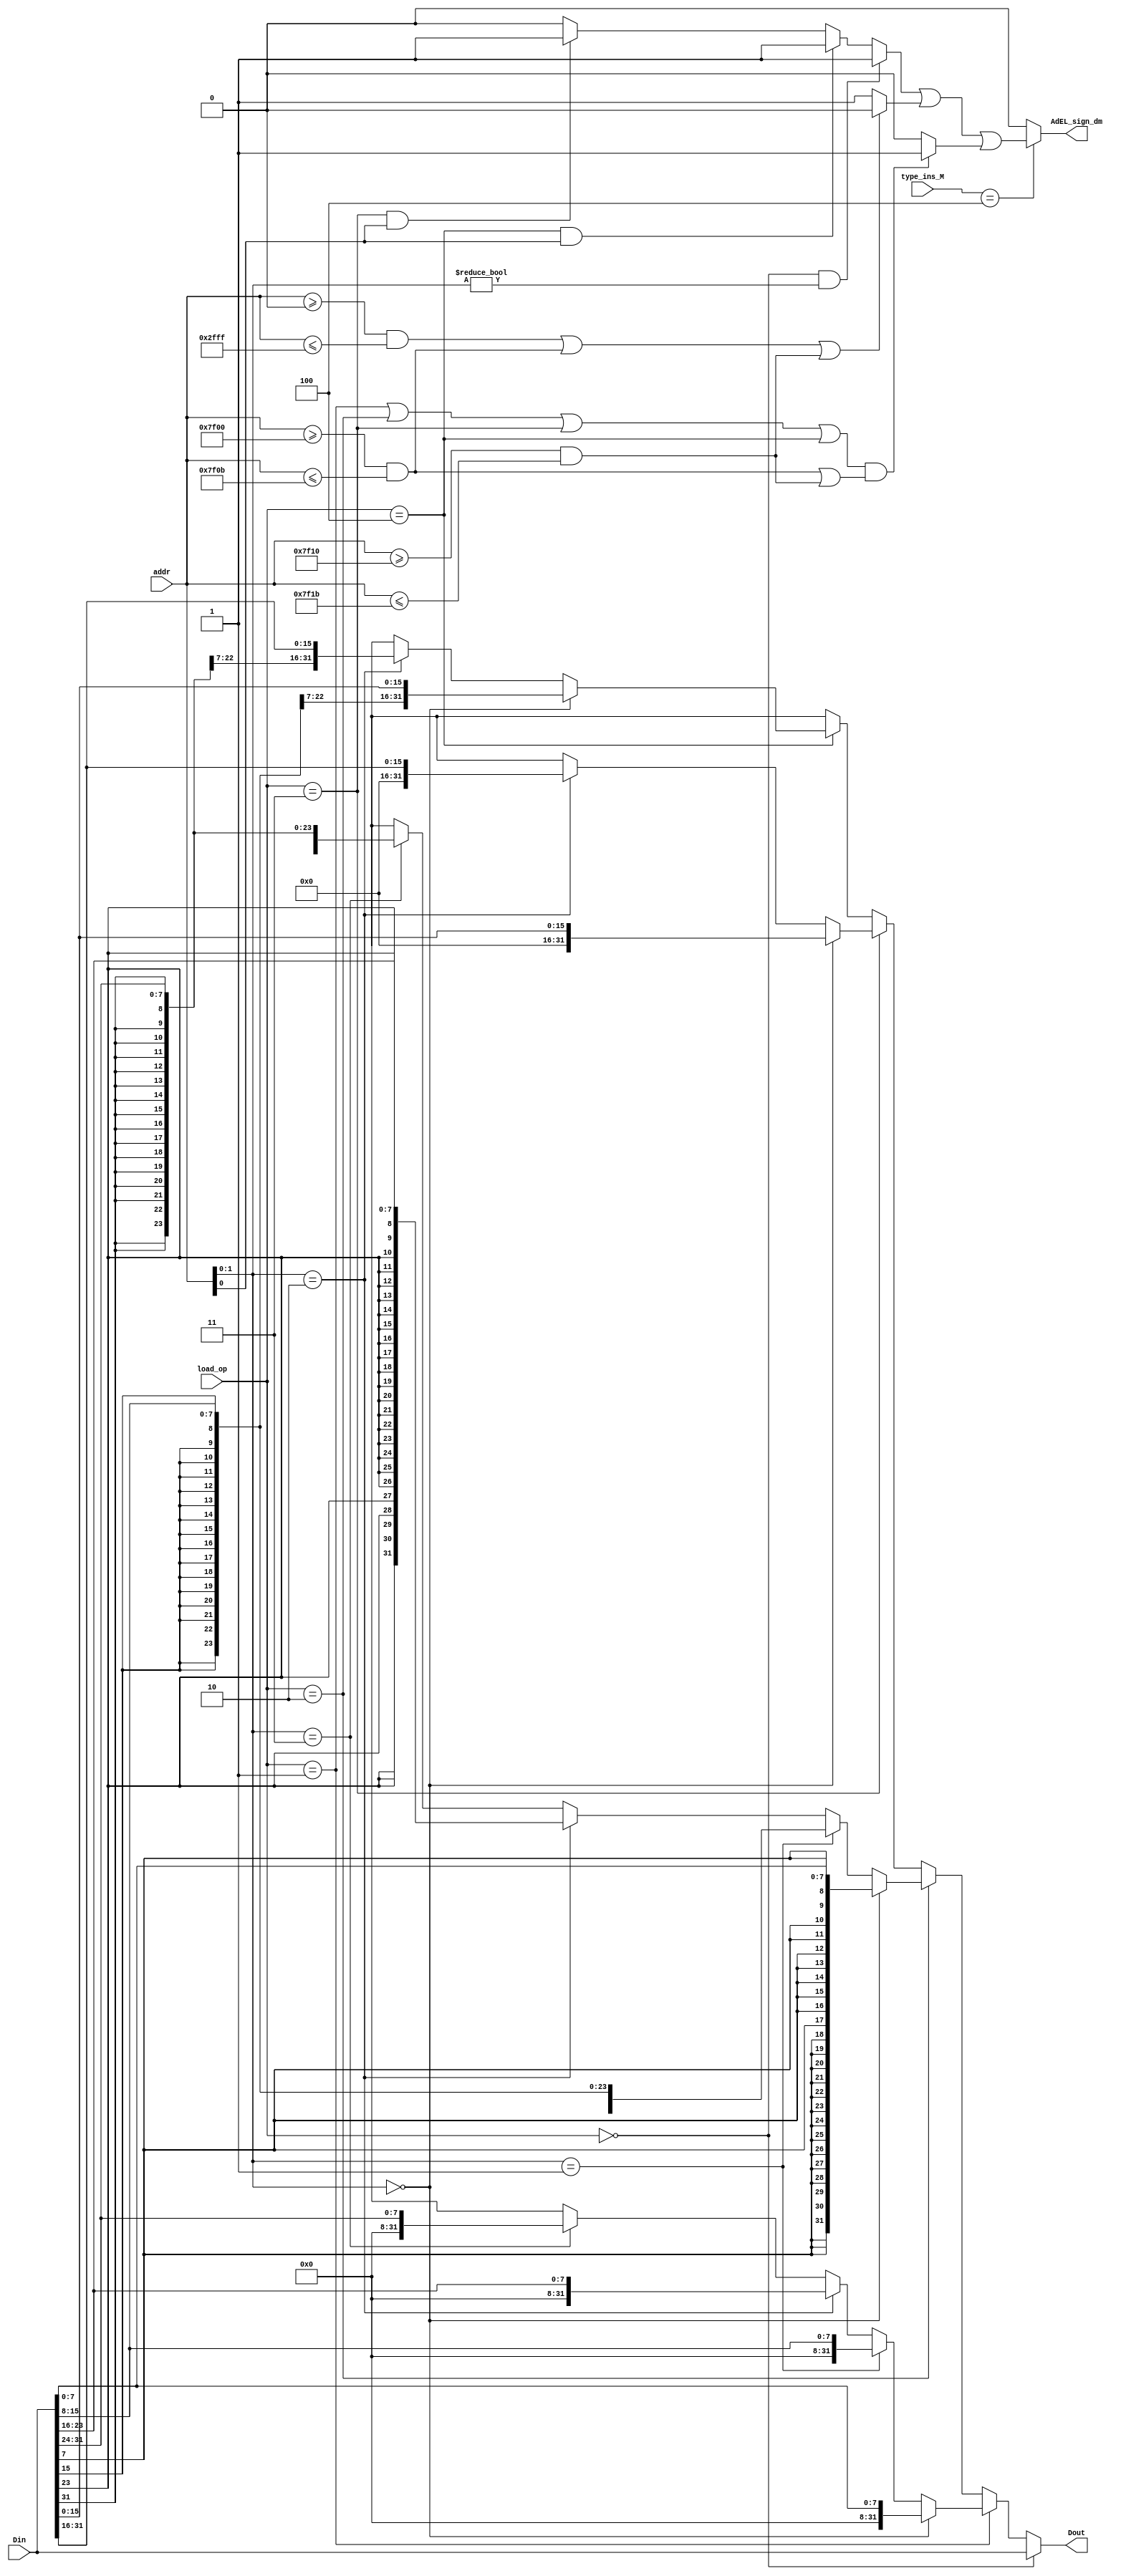
module DBS (
    input [31:0]addr,
    input [31:0]Din,
    input [2:0]load_op,
    output[31:0]Dout,
    input [2:0]type_ins_M,
    output AdEL_sign_dm
);
//
parameter dm_start=32'h0000_0000;
parameter dm_end=32'h0000_2fff;
parameter t0_start=32'h0000_7f00;
parameter t0_end=32'h0000_7f0b;
parameter t1_start=32'h0000_7f10;
parameter t1_end=32'h0000_7f1b;
parameter none=3'b000;
parameter zeroByte=3'b001;
parameter signByte=3'b010;
parameter zeroHalf=3'b011;
parameter signHalf=3'b100;
wire [1:0]order;
assign order=addr[1:0];
assign Dout=(load_op==none)?Din:
            (load_op==zeroByte)?(
                (order==2'b00)?{{24'b0},Din[7:0]}:
                (order==2'b01)?{{24'b0},Din[15:8]}:
                (order==2'b10)?{{24'b0},Din[23:16]}:
                (order==2'b11)?{{24'b0},Din[31:24]}:32'bx
            ):
            (load_op==signByte)?(
                (order==2'b00)?{{24{Din[7]}},Din[7:0]}:
                (order==2'b01)?{{24{Din[15]}},Din[15:8]}:
                (order==2'b10)?{{24{Din[23]}},Din[23:16]}:
                (order==2'b11)?{{24{Din[31]}},Din[31:24]}:32'bx
            ):
            (load_op==zeroHalf)?(
                (order==2'b00)?{{16'b0},Din[15:0]}:
                (order==2'b10)?{{16'b0},Din[31:16]}:32'bx
            ):
            (load_op==signHalf)?(
                (order==2'b00)?{{16{Din[15]}},Din[15:0]}:
                (order==2'b10)?{{16{Din[31]}},Din[31:16]}:32'bx
            ):32'bx;
wire byte_wrong;
assign  byte_wrong =(load_op==none&&order!=2'b0)?1'b1:
                    (load_op==signHalf&&order[0]!=1'b0)?1'b1:
                    (load_op==zeroHalf&&order[0]!=1'b0)?1'b1:1'b0;
wire range_wrong;
assign range_wrong=(addr>=dm_start&&addr<=dm_end)||
                   (addr>=t0_start&&addr<=t0_end)||
                   (addr>=t1_start&&addr<=t1_end)?1'b0:1'b1;

wire BorHforTime;
assign BorHforTime=(load_op==zeroByte||load_op==signByte||load_op==zeroHalf||load_op==signHalf)&&
((addr>=t0_start&&addr<=t0_end)||(addr>=t1_start&&addr<=t1_end))?1'b1:1'b0;

assign AdEL_sign_dm=(type_ins_M==3'b100)?(byte_wrong||range_wrong||BorHforTime):1'b0;
endmodule //DBS